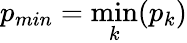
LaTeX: p_{min}=\operatorname*{min}_{k}(p_{k})